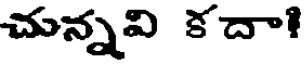
చున్నవి కదా!